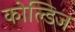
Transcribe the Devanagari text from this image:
कोल्डिज